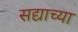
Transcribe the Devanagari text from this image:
सद्याच्या